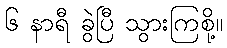
၆ နာရီ ခွဲပြီ သွားကြစို့။